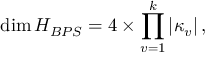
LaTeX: \dim { \cal H } _ { B P S } = 4 \times \prod _ { v = 1 } ^ { k } | \kappa _ { v } | \, ,